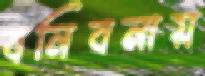
বনিবনায়